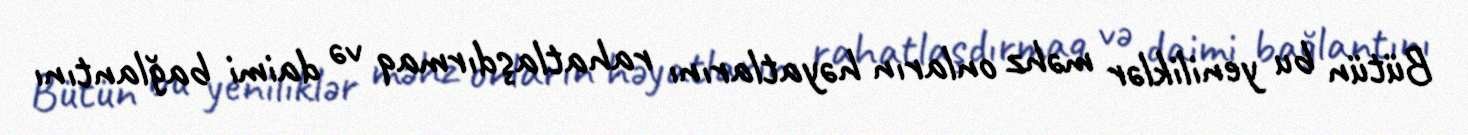
Bütün bu yeniliklər məhz onların həyatlarını rahatlaşdırmaq və daimi bağlantını